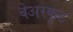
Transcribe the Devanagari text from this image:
बेअरफुट